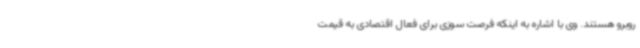
روبرو هستند. وی با اشاره به اینکه فرصت سوزی برای فعال اقتصادی به قیمت